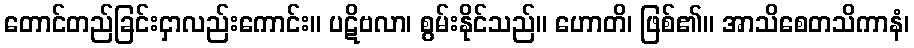
တောင်တည်ခြင်းငှာလည်းကောင်း။ ပဋိဗလာ၊ စွမ်းနိုင်သည်။ ဟောတိ၊ ဖြစ်၏။ အာသိစေတသိကာနံ၊